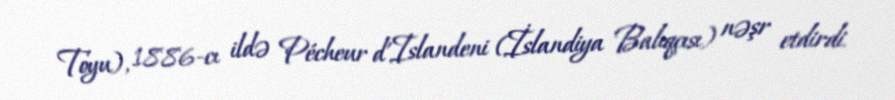
Toyu), 1886-cı ildə Pécheur d'Islandeni (İslandiya Balıqçısı) nəşr etdirdi.